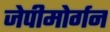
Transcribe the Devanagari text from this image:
जेपीमोर्गन